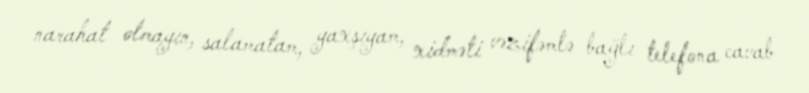
narahat olmayın, salamatam, yaxşıyam, xidməti vəzifəmlə bağlı telefona cavab